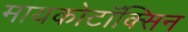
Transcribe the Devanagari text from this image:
मायकोटॉक्सिन